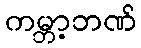
ကမ္ဘာ့ဘဏ်